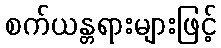
စက်ယန္တရားများဖြင့်